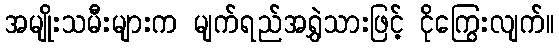
အမျိုးသမီးများက မျက်ရည်အရွှဲသားဖြင့် ငိုကြွေးလျက်။